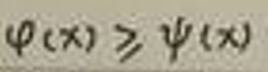
\[
\varphi(x) \geq \psi(x)
\]